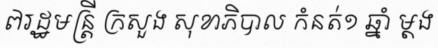
៧រដ្ឋមន្ត្រី ក្រសួង សុខាភិបាល កំនត់១ ឆ្នាំ ម្តង